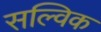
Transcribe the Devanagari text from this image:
सल्विक